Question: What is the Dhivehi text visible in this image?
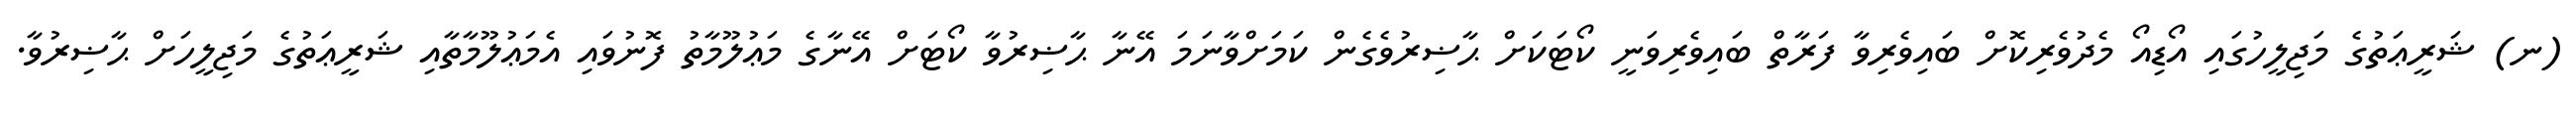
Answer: (ނ) ޝަރީޢަތުގެ މަޖިލީހުގައި އޯޑިއޯ މެދުވެރިކޮށް ބައިވެރިވާ ފަރާތް ބައިވެރިވަނީ ކޯޓަކަށް ޙާޟިރުވެގެން ކަމަށްވާނަމަ އޭނާ ޙާޟިރުވާ ކޯޓަށް އޭނާގެ މަޢުލޫމާތު ފޮނުވައި އެމަޢުލޫމާތާއި ޝަރީޢަތުގެ މަޖިލީހަށް ޙާޟިރުވާ.